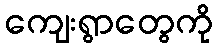
ကျေးရွာတွေကို